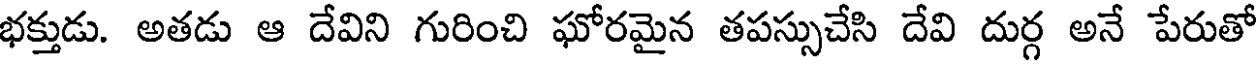
భక్తుడు. అతడు ఆ దేవిని గురించి ఘోరమైన తపస్సుచేసి దేవి దుర్గ అనే పేరుతో